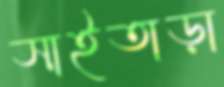
সাইতাড়া